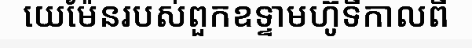
យេម៉ែនរបស់ពួកឧទ្ទាមហ៊ូទីកាលពី